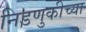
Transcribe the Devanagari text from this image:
निडणुकीच्या